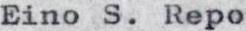
Eino S. Repo